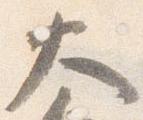
大